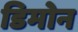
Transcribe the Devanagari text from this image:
डिमोन